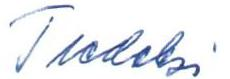
Tiedoksi